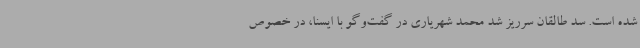
شده است. سد طالقان سرریز شد محمد شهریاری در گفت‌وگو با ایسنا، در خصوص